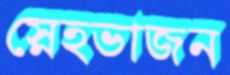
স্নেহভাজন